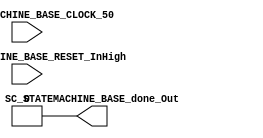
///*######################################################################
//#	G0B1T: HDL EXAMPLES. 2018.
//######################################################################
//# Copyright (C) 2018. F.E.Segura-Quijano (FES) fsegura@uniandes.edu.co
//# 
//# This program is free software: you can redistribute it and/or modify
//# it under the terms of the GNU General Public License as published by
//# the Free Software Foundation, version 3 of the License.
//#
//# This program is distributed in the hope that it will be useful,
//# but WITHOUT ANY WARRANTY; without even the implied warranty of
//# MERCHANTABILITY or FITNESS FOR A PARTICULAR PURPOSE.  See the
//# GNU General Public License for more details.
//#
//# You should have received a copy of the GNU General Public License
//# along with this program.  If not, see <http://www.gnu.org/licenses/>
//####################################################################*/

//=======================================================
//  MODULE Definition
//=======================================================
module SC_STATEMACHINE_BASE (

	//////////// INPUTS //////////
	SC_STATEMACHINE_BASE_CLOCK_50,
	SC_STATEMACHINE_BASE_RESET_InHigh,
	
	
	//////////// OUTPUTS //////////
	SC_STATEMACHINE_BASE_done_Out
	
);	

//=======================================================
//  PARAMETER declarations
//=======================================================
// states declaration
localparam STATE_RESET_0									= 0;
localparam STATE_START_0									= 1;
localparam STATE_CHECK_0									= 2;

//=======================================================
//  PORT declarations
//=======================================================
input	SC_STATEMACHINE_BASE_CLOCK_50;
input	SC_STATEMACHINE_BASE_RESET_InHigh;

output reg  SC_STATEMACHINE_BASE_done_Out;

//=======================================================
//  REG/WIRE declarations
//=======================================================
reg [4:0] STATE_Register = 0;
reg [4:0] STATE_Signal = 0;

//=======================================================
//  STRUCTURAL coding
//=======================================================
//INPUT LOGIC: COMBINATIONAL
// NEXT STATE LOGIC : COMBINATIONAL
always @(*)
begin
	case (STATE_Register)
		STATE_RESET_0: STATE_Signal = STATE_START_0;
		
		STATE_START_0: STATE_Signal = STATE_CHECK_0;
		
		STATE_CHECK_0: STATE_Signal = STATE_CHECK_0;
				
		default: STATE_Signal = STATE_CHECK_0;
	endcase
end

// STATE REGISTER : SEQUENTIAL
always @ ( posedge SC_STATEMACHINE_BASE_CLOCK_50 , posedge SC_STATEMACHINE_BASE_RESET_InHigh)
begin
	if (SC_STATEMACHINE_BASE_RESET_InHigh == 1'b1)
		STATE_Register <= STATE_RESET_0;
	else
		STATE_Register <= STATE_Signal;
end

//=======================================================
//  Outputs
//=======================================================
// OUTPUT LOGIC : COMBINATIONAL
always @ (*)
begin
	case (STATE_Register)

	STATE_RESET_0 :	
		begin
			SC_STATEMACHINE_BASE_done_Out = 1'b0;
		end

	STATE_START_0 :	
		begin
			SC_STATEMACHINE_BASE_done_Out = 1'b0;
		end

	STATE_CHECK_0 :
		begin
			SC_STATEMACHINE_BASE_done_Out = 1'b0;
		end
			
//=========================================================
// DEFAULT
//=========================================================
	default :
		begin
			SC_STATEMACHINE_BASE_done_Out = 1'b0;
		end
	endcase
end
endmodule